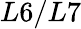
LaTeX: L6/L7